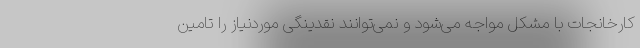
کارخانجات با مشکل مواجه می‌شود و نمی‌توانند نقدینگی موردنیاز را تامین